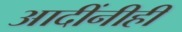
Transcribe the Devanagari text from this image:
आदींनीही